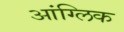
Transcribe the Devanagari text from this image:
आंग्लिक